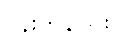
ပန်းကန်ပြား